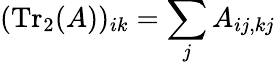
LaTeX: (\mathrm{Tr}_{2}(A))_{ik}=\sum_{j}A_{ij,kj}